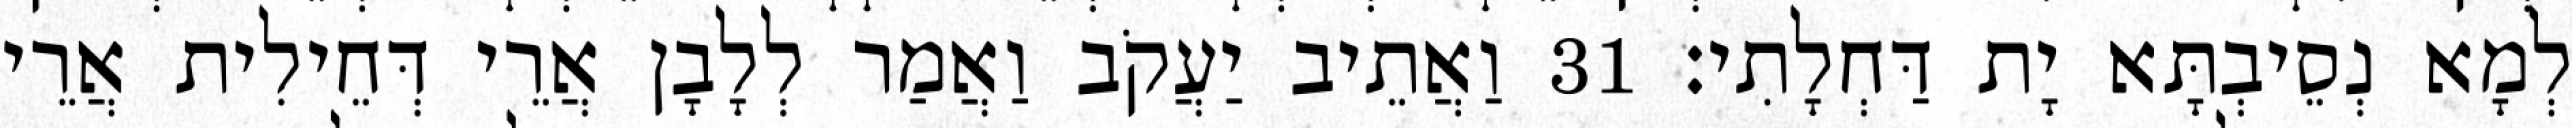
לְמָא נְסֵיבְתָּא יָת דַּחְלָתִי׃ 31 וַאֲתֵיב יַעֲקֹב וַאֲמַר לְלָבָן אֲרֵי דְּחֵילִית אֲרֵי